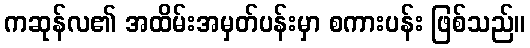
ကဆုန်လ၏ အထိမ်းအမှတ်ပန်းမှာ စကားပန်း ဖြစ်သည်။